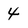
Character: 4